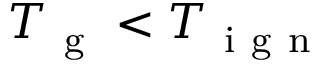
T _ { \mathrm { ~ g ~ } } < T _ { \mathrm { ~ i ~ g ~ n ~ } }